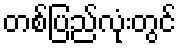
တစ်ပြည်လုံးတွင်